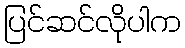
ပြင်ဆင်လိုပါက